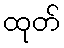
ထုတ်